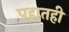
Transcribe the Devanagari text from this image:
पहातही